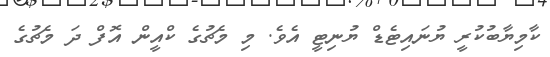
ކާމިޔާބުކުރީ ޔުނައިޓެޑް ޔުނިޓީ އެވެ. މި މެޗުގެ ކްއީން އޮފް ދަ މެޗުގެ